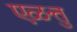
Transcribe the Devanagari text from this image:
एळत्तु